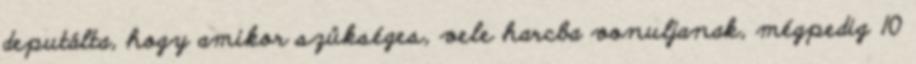
deputálta, hogy amikor szükséges, vele harcba vonuljanak, mégpedig 10